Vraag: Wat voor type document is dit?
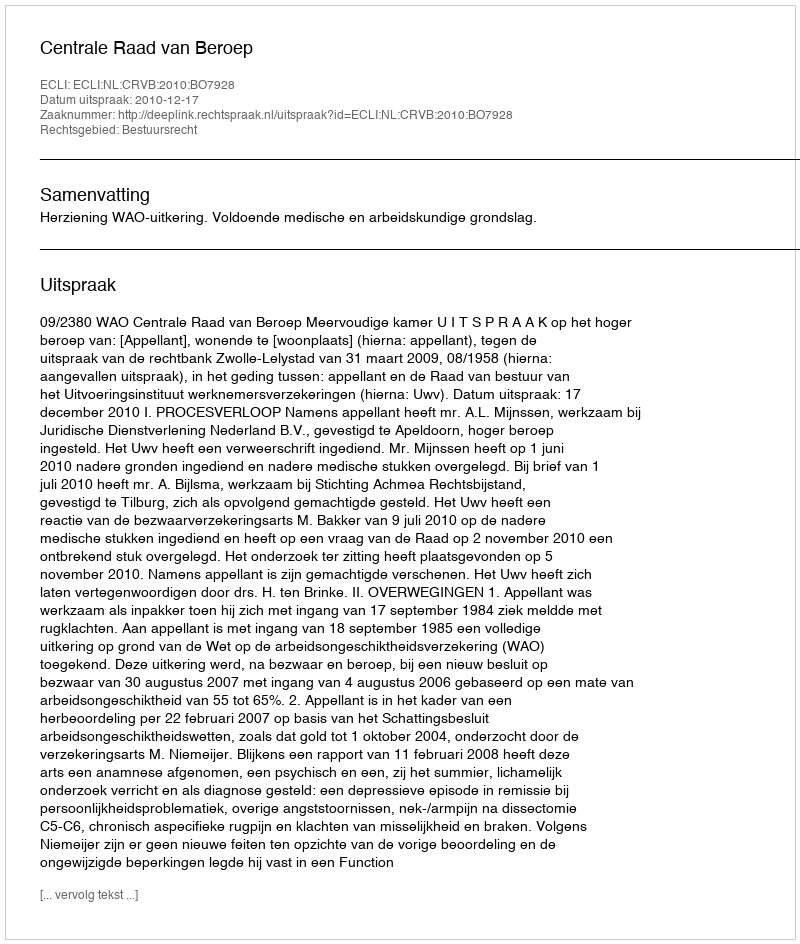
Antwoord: Uitspraak